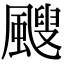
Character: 颼